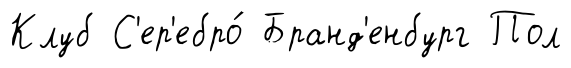
Клуб С'ер'ебро́ Бранд'енбург Пол